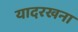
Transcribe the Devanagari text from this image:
यादरखना